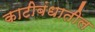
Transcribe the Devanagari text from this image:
काटीबंधातील